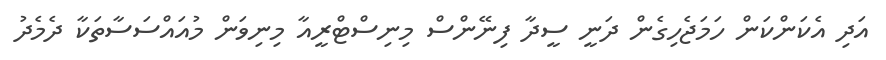
އަދި އެކަންކަން ހަމަޖެހިގެން ދަނީ ސީދާ ފިނޭންސް މިނިސްޓްރީއާ މިނިވަން މުއައްސަސާތަކާ ދެމެދު